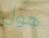
هول